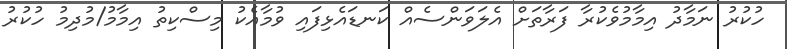
ހުކުރު ނަމާދު އިމާމުވެކުރާ ފަރާތަށް އެލަވަންސެއް ކަނޑައެޅިފައި ވުމާއެކު މިސްކިތު އިމާމު/މުދިމު ހުކުރު